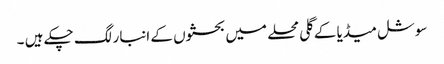
سوشل میڈیا کے گلی محلے میں بحثوں کے انبار لگ چکے ہیں ۔